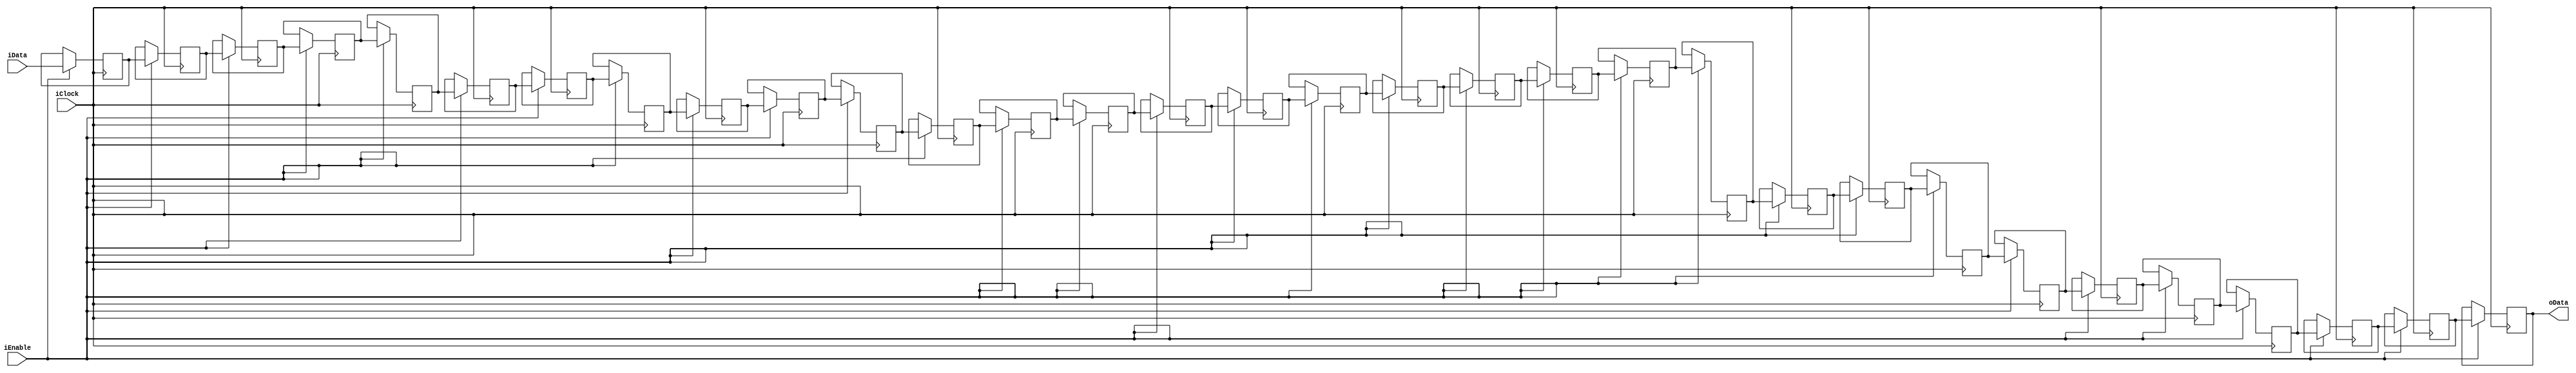
module DelayRegister (
    input wire iClock, 
    input wire iEnable, 
    input wire [15:0] iData,
    output wire [15:0] oData
    );


parameter LENGTH = 32;

integer i;
reg [15:0] delay [0:LENGTH - 1];

assign oData = delay[LENGTH - 1];

always @(posedge iClock) begin
    if (iEnable) begin
        for (i = LENGTH - 1; i > 0; i = i - 1) begin
            delay[i] <= delay[i - 1];
        end
        delay[0] <= iData;
    end
end
endmodule